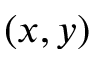
( x , y )